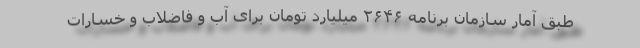
طبق آمار سازمان برنامه ۲۶۴۶ میلیارد تومان برای آب و فاضلاب و خسارات